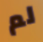
لم